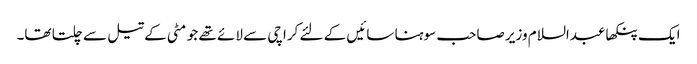
ایک پنکھا عبدالسلام وزیر صاحب سوہنا سائیں کے لئے کراچی سے لائے تھے جو مٹی کے تیل سے چلتا تھا۔